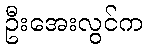
ဦးအေးလွင်က